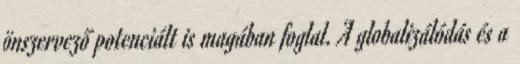
önszervező potenciált is magában foglal. A globalizálódás és a